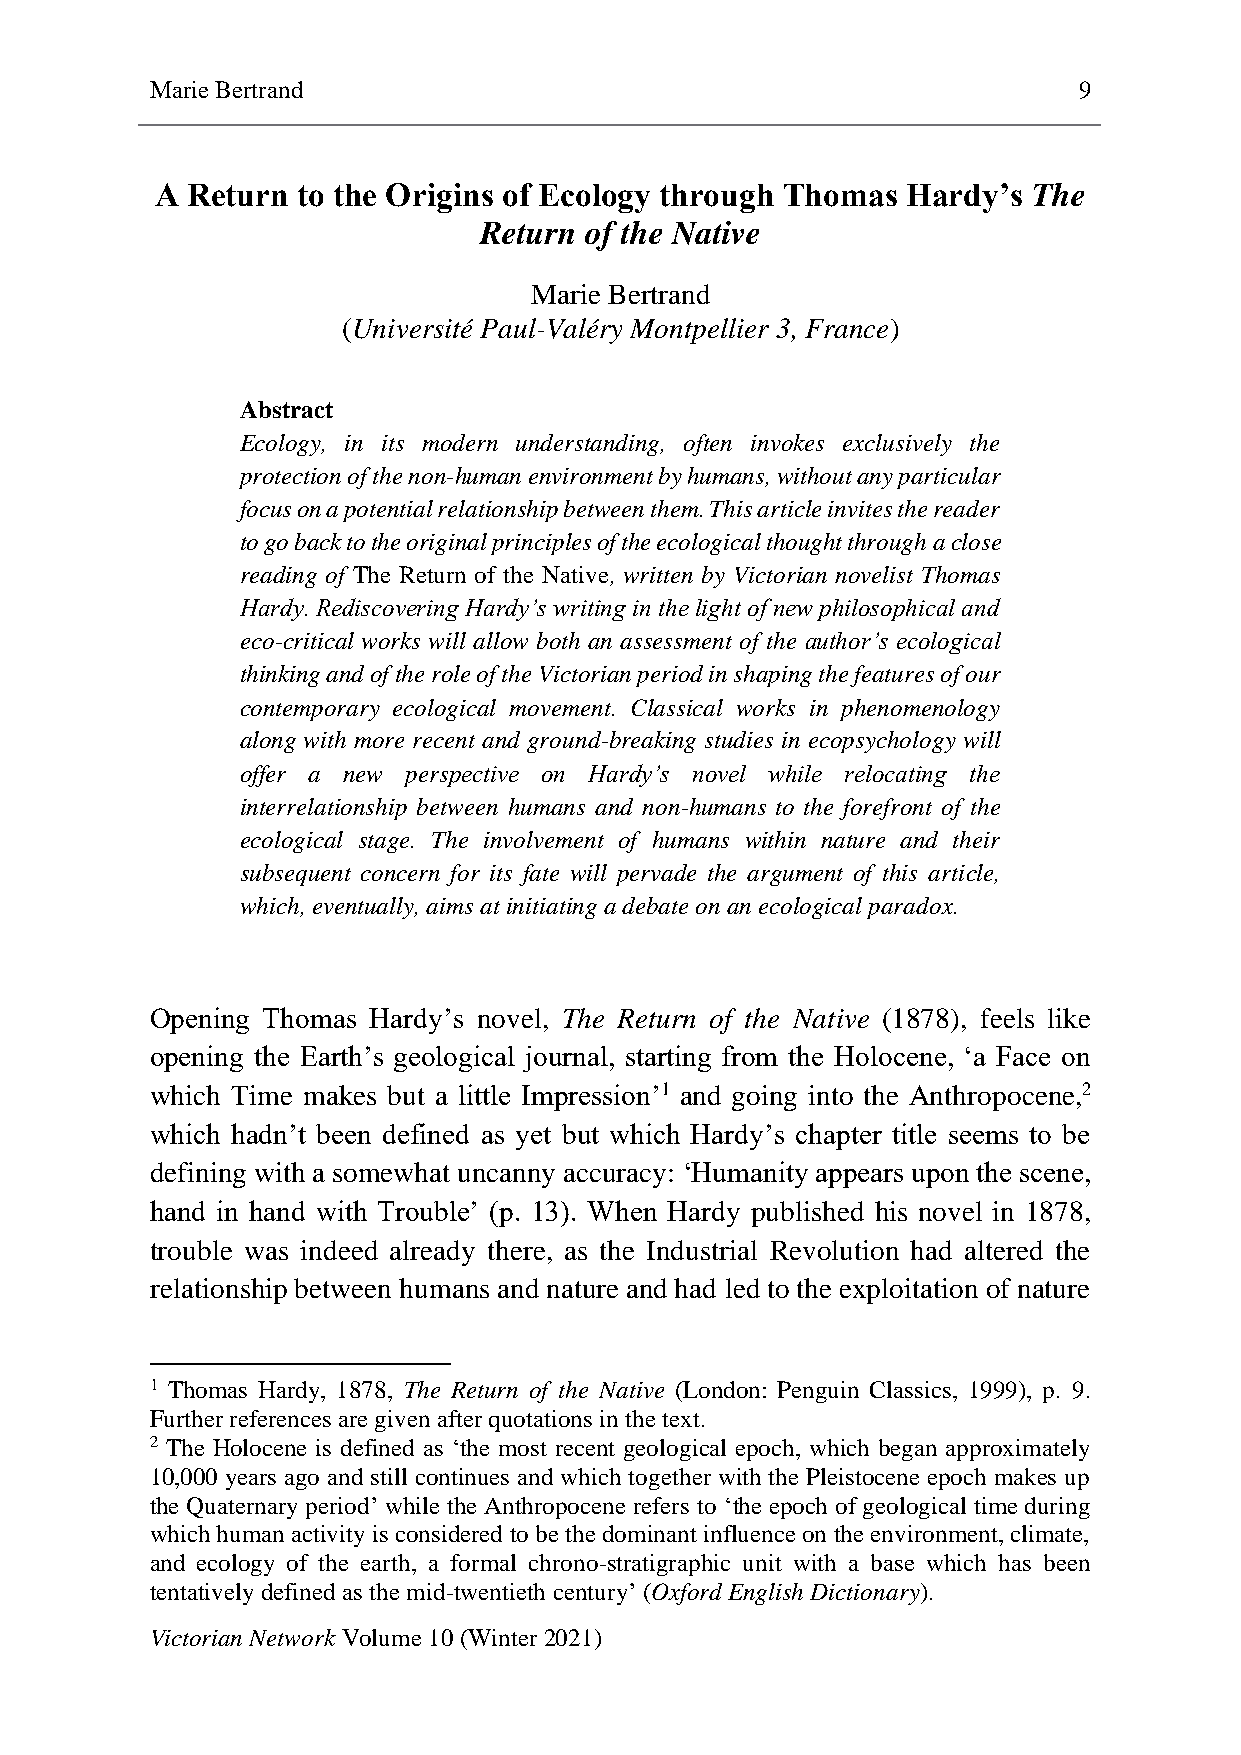
Marie Bertrand                                               9
 A Return  to the Origins of Ecology through Thomas Hardy’s The
 Return of the Native
 Marie Bertrand
 (Université Paul-Valéry Montpellier 3, France)
 Abstract
 Ecology, in its modern understanding, often invokes exclusively the
 protection of the non-human environment by humans, without any particular
 focus on a potential relationship between them. This article invites the reader
 to go back to the original principles of the ecological thought through a close
 reading of The Return of the Native, written by Victorian novelist Thomas
 Hardy. Rediscovering Hardy’s writing in the light of new philosophical and
 eco-critical works will allow both an assessment of the author’s ecological
 thinking and of the role of the Victorian period in shaping the features of our
 contemporary ecological movement. Classical works in phenomenology
 along with more recent and ground-breaking studies in ecopsychology will
 offer a new perspective on Hardy’s novel while relocating the
 interrelationship between humans and non-humans to the forefront of the
 ecological stage. The involvement of humans within nature and their
 subsequent concern for its fate will pervade the argument of this article,
 which, eventually, aims at initiating a debate on an ecological paradox.
 Opening Thomas Hardy’s novel, The Return of the Native (1878), feels like
 opening the Earth’s geological journal, starting from the Holocene, ‘a Face on
 which Time makes but a little Impression’1 and going into the Anthropocene,2
 which hadn’t been defined as yet but which Hardy’s chapter title seems to be
 defining with a somewhat uncanny accuracy: ‘Humanity appears upon the scene,
 hand in hand with Trouble’ (p. 13). When Hardy published his novel in 1878,
 trouble was indeed already there, as the Industrial Revolution had altered the
 relationship between humans and nature and had led to the exploitation of nature
 1 Thomas Hardy, 1878, The Return of the Native (London: Penguin Classics, 1999), p. 9.
 Further references are given after quotations in the text.
 2 The Holocene is defined as ‘the most recent geological epoch, which began approximately
 10,000 years ago and still continues and which together with the Pleistocene epoch makes up
 the Quaternary period’ while the Anthropocene refers to ‘the epoch of geological time during
 which human activity is considered to be the dominant influence on the environment, climate,
 and ecology of the earth, a formal chrono-stratigraphic unit with a base which has been
 tentatively defined as the mid-twentieth century’ (Oxford English Dictionary).
 Victorian Network Volume 10 (Winter 2021)